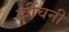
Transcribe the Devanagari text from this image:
खींचनी